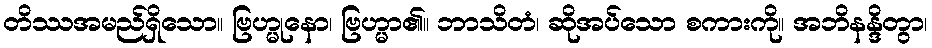
တိဿအမည်ရှိသော။ ဗြဟ္မုနော၊ ဗြဟ္မာ၏။ ဘာသိတံ၊ ဆိုအပ်သော စကားကို။ အဘိနန္ဒိတွာ၊